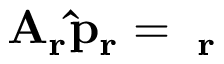
\mathbf { A _ { r } \hat { p } _ { r } = \Phi _ { r } }